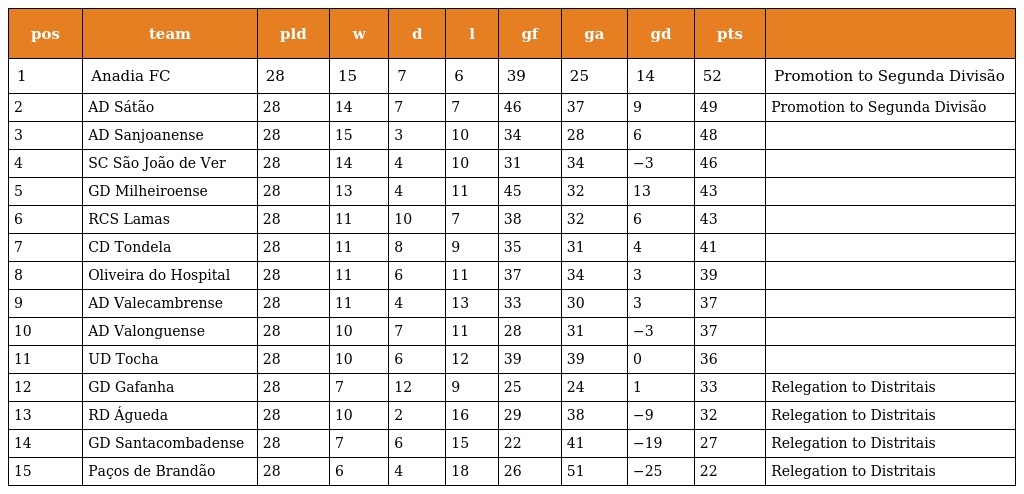
| pos | team | pld | w | d | l | gf | ga | gd | pts |  |
 | --- | --- | --- | --- | --- | --- | --- | --- | --- | --- | --- |
 | 1 | Anadia FC | 28 | 15 | 7 | 6 | 39 | 25 | 14 | 52 | Promotion to Segunda Divisão |
 | 2 | AD Sátão | 28 | 14 | 7 | 7 | 46 | 37 | 9 | 49 | Promotion to Segunda Divisão |
 | 3 | AD Sanjoanense | 28 | 15 | 3 | 10 | 34 | 28 | 6 | 48 |  |
 | 4 | SC São João de Ver | 28 | 14 | 4 | 10 | 31 | 34 | −3 | 46 |  |
 | 5 | GD Milheiroense | 28 | 13 | 4 | 11 | 45 | 32 | 13 | 43 |  |
 | 6 | RCS Lamas | 28 | 11 | 10 | 7 | 38 | 32 | 6 | 43 |  |
 | 7 | CD Tondela | 28 | 11 | 8 | 9 | 35 | 31 | 4 | 41 |  |
 | 8 | Oliveira do Hospital | 28 | 11 | 6 | 11 | 37 | 34 | 3 | 39 |  |
 | 9 | AD Valecambrense | 28 | 11 | 4 | 13 | 33 | 30 | 3 | 37 |  |
 | 10 | AD Valonguense | 28 | 10 | 7 | 11 | 28 | 31 | −3 | 37 |  |
 | 11 | UD Tocha | 28 | 10 | 6 | 12 | 39 | 39 | 0 | 36 |  |
 | 12 | GD Gafanha | 28 | 7 | 12 | 9 | 25 | 24 | 1 | 33 | Relegation to Distritais |
 | 13 | RD Águeda | 28 | 10 | 2 | 16 | 29 | 38 | −9 | 32 | Relegation to Distritais |
 | 14 | GD Santacombadense | 28 | 7 | 6 | 15 | 22 | 41 | −19 | 27 | Relegation to Distritais |
 | 15 | Paços de Brandão | 28 | 6 | 4 | 18 | 26 | 51 | −25 | 22 | Relegation to Distritais |